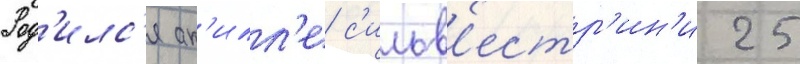
Род'илс'я ак'илл'е с'ильв'естр'ин'и 25